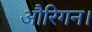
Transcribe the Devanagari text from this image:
औरिगन।